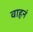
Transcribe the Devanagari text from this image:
वाहनं